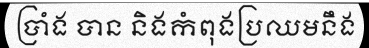
ប្រាំង បាន និងកំពុងប្រឈមនឹង